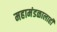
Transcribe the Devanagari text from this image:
महामंडळालाही